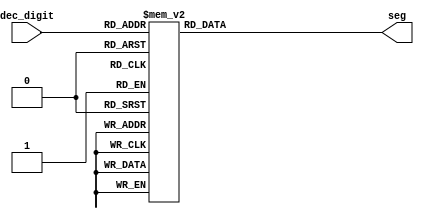
module dec_to_seg(
    input [3:0] dec_digit,
    output [6:0] seg
    );

    reg [6:0] seg;

    always @(dec_digit)
        case (dec_digit)
            4'h0: seg = 7'b0111111;
            4'h1: seg = 7'b0000110;
            4'h2: seg = 7'b1011011;
            4'h3: seg = 7'b1001111;
            4'h4: seg = 7'b1100110;
            4'h5: seg = 7'b1101101;
            4'h6: seg = 7'b1111101;
            4'h7: seg = 7'b0000111;
            4'h8: seg = 7'b1111111;
            4'h9: seg = 7'b1100111;
            // output 'E' on non-digits
            default: seg = 7'b1111001;
        endcase
endmodule